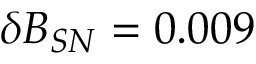
\delta B _ { S N } = 0 . 0 0 9